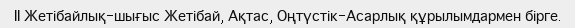
ІІ Жетібайлық-шығыс Жетібай, Ақтас, Оңтүстік-Асарлық құрылымдармен бірге.